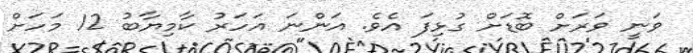
ވަނީ ވަރަށް ބޮޑަށް ގުޅިފަ އެވެ. އަންނަ އަހަރު ކާމިޔާބު 12 މަހަށް